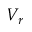
V _ { r }